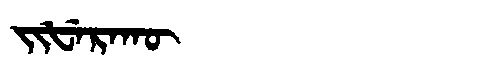
Manchu: ᠵᡳᡶᡝᡵᠠᡴᡡ
Romanization: JIFERAKŪ